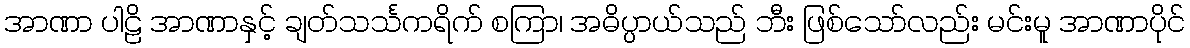
အာဏာ ပါဠိ အာဏာနှင့် ချတ်သင်္သကရိက် စကြာ၊ အဓိပ္ပာယ်သည် ဘီး ဖြစ်သော်လည်း မင်းမူ အာဏာပိုင်